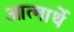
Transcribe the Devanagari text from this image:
आत्मार्थे